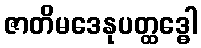
ဇာတိမဒေနုပတ္ထဒ္ဓေါ